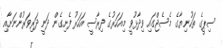
ސިޕީގެ ތަހުނިޔާގެ މެސެޖްގައި ވިދާޅުވީ މިއަހަރުގެ ދިރާސީ އަހަރު ފެށިގެން ދަނީ ދަރިވަރުންނަށާއި